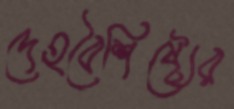
দেহবৈশিষ্ট্যের